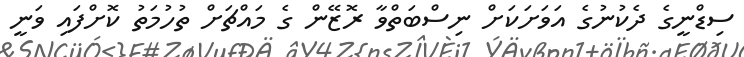
ސިޑްނީގެ ދެކުނުގެ އަވަށަކަށް ނިސްބަތްވާ ރޮޒޭން ގެ މައްޗަށް ތުހުމަތު ކޮށްފައި ވަނީ